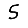
Digit: 5